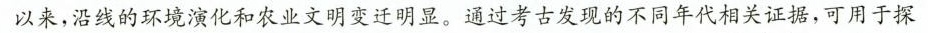
以来，沿线的环境演化和农业文明变迁明显。通过考古发现的不同年代相关证据，可用于探